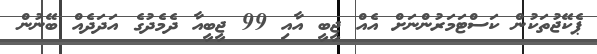
ޕެކޭޖުތަކުން ކަސްޓަމަރުންނަށް އެއް ޖީބީ އާއި 99 ޖީބީއާ ދެމެދުގެ އަދަދެއް ބޭނުން